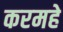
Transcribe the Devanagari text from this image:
करमहे